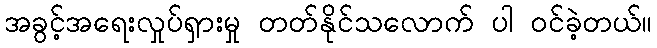
အခွင့်အရေးလှုပ်ရှားမှု တတ်နိုင်သလောက် ပါ ဝင်ခဲ့တယ်။